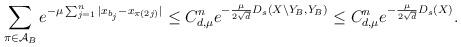
LaTeX: \begin{align*}\sum_{\pi\in \mathcal{A}_B} e^{-\mu \sum_{j=1}^{n} |x_{b_j}-x_{\pi(2j)}|}\leq C_{d,\mu}^n e^{-\frac{\mu}{2\sqrt{d}} D_s(X\setminus Y_B, Y_B)}\leq C_{d,\mu}^n e^{-\frac{\mu}{2\sqrt{d}} D_s(X)}.\end{align*}